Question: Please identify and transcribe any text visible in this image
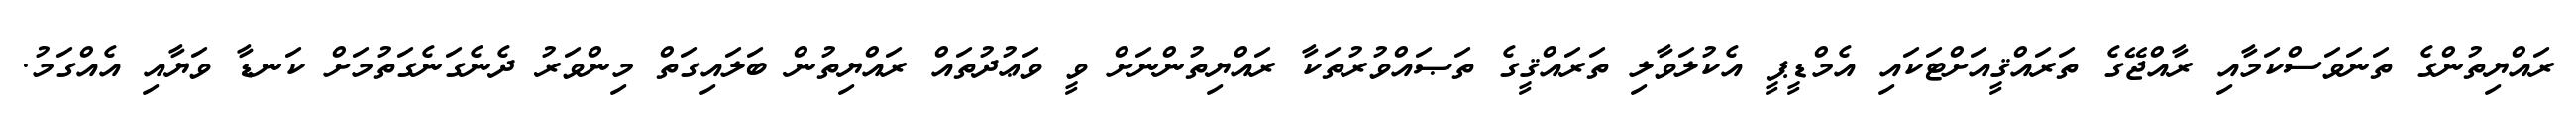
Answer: ރައްޔިތުންގެ ތަނަވަސްކަމާއި ރާއްޖޭގެ ތަރައްޤީއަށްޓަކައި އެމްޑީޕީ އެކުލަވާލި ތަރައްޤީގެ ތަޞައްވުރުތަކާ ރައްޔިތުންނަށް ވީ ވަޢުދުތައް ރައްޔިތުން ބަލައިގަތް މިންވަރު ދެނެގަނެގަތުމަށް ކަނޑާ ވަޔާއި އެއްގަމު.